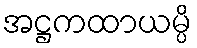
အဋ္ဌကထာယမ္ပိ